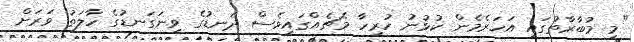
"މި މުބާރާތުގައި އަހަރެމެން ކުޅުނު ހުރިހާ މެޗެއްގައިވެސް ދަނޑުގެ ވިނަގަނޑުގެ ހާލަތު ވަރަށް